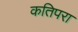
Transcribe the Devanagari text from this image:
कतिपरा